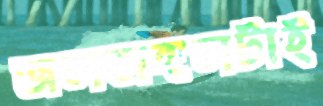
জলজঙ্গলটাই